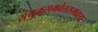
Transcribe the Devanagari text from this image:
संयुक्तसमवेतसमवाय